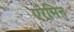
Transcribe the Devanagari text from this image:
एरेमिन